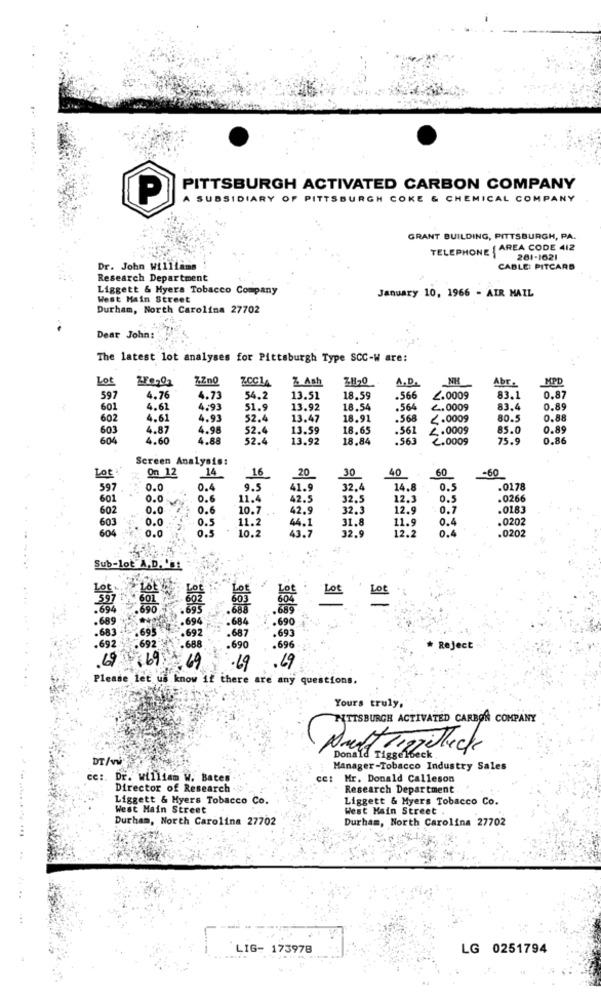
PITTSBURGH ACTIVATED CARBON COMPANY
P
A SUBSIDIARY OF PITTSBURGH COKE & CHEMICAL COMPANY
GRANT BUILDING, PITTSBURGH, PA.
TELEPHONE { AREA CODE 412
281-1621
Dr. John williams
CABLE: PITCARD
Research Department
Liggett & Hyers Tobacco Company
West Main Street
January 10, 1966 - AIR MAIL
Durham, North Carolina 27702
Dear John:
The latest lot analyses for Pittsburgh Type SCC-W are:
Lo
ZFezO1
ZZno
ZCC14
Z Ash
ZH20
A.D.
NH
Abr.
MPD
597
4.76
4.73
54.2
13.51
18.59
.566
£.0009
83.1
0.87
601
4.61
4.93
51.9
13.92
18.54
.564
2.0009
83.4
0.89
602
4.61
4.93
52.4
13.47
18.91
.568
<. 0009
80.5
0.88
603
4.87
4.98
52.4
13.59
18.65
.561
4.0009
85.0
0.89
604
4.60
4.88
52.4
13.92
18.84
.563
2.0009
75.9
0.86
Screen Analysis:
Lot
On 12
16
20
40
60
-60
14
30
597
0.0
0.4
9.5
41.9
32.4
14.8
0.
.0178
601
0.0
11.4
42.5
32.5
12.3
0.5
.0266
602
0.0
10.7
42.9
32.3
12.9
0.7
.0183
603
0.0
.0.5
11.2
44.1
31.8
11.9
0.4
.0202
604
0.5
10.2
43.7
12.2
0.4
0.0
32.9
.0202
Sub-lot A.D. 'it
Lot KA
597
.694
.689
.694
. 684
.690
.683
.695
.692
.687
. 693
.692
.692
.688
.690
.696
* Reject
69 69 69 .69
.69
Please let us know if there are any questions.
Yours truly,
PITTSBURGH ACTIVATED CARBON COMPANY
DT/vw.
Donald Tiggelbeck
Manager-Tobacco Industry Sales
ce :. Dr. william W. Bates
: Mr. Donald Calleson
Director of Research
Research Department
Liggett & Myers Tobacco Co.
Liggett & Myers Tobacco Co.
West Main Street
West Main Street .
Durham, North Carolina 27702
Durham, North Carolina 27702
LIG- 173978
LG 0251794